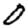
Digit: 0